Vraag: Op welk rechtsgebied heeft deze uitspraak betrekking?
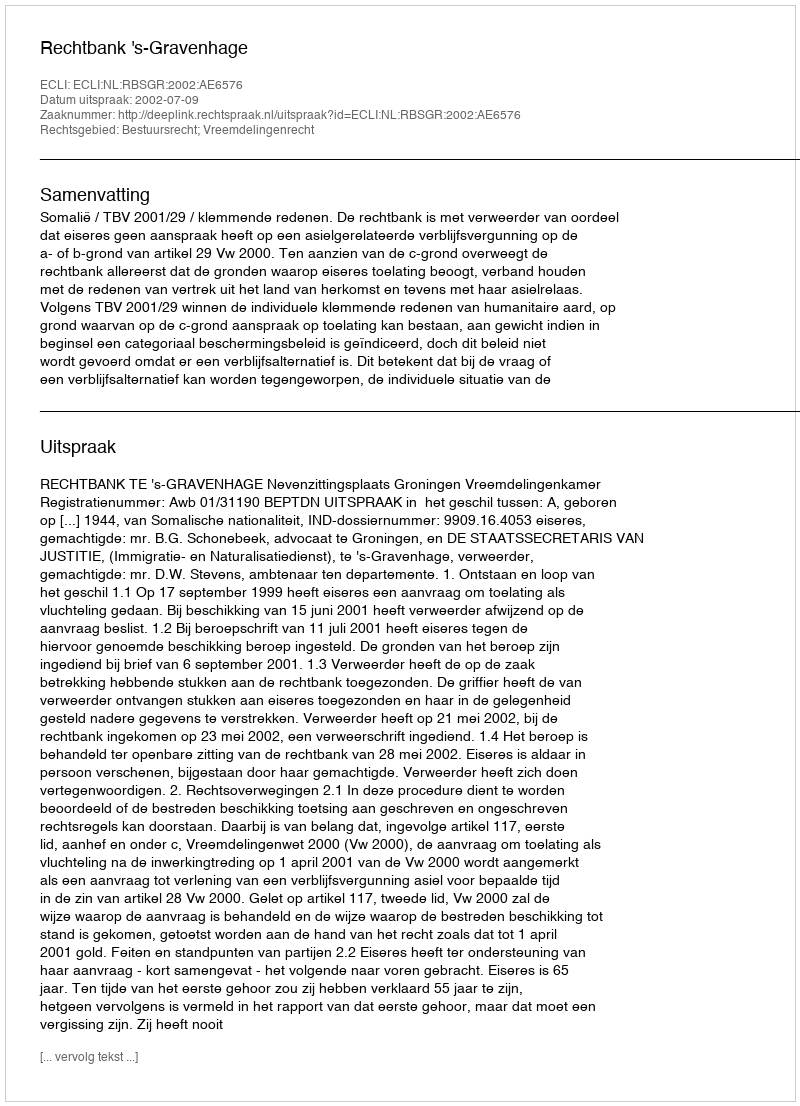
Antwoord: Bestuursrecht; Vreemdelingenrecht